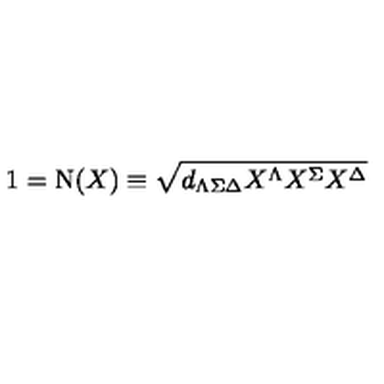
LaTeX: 1 = \mathrm { N } ( X ) \equiv \sqrt { d _ { \Lambda \Sigma \Delta } X ^ { \Lambda } X ^ { \Sigma } X ^ { \Delta } }